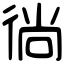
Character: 徜